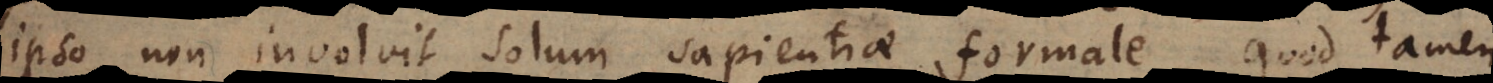
ipso non involvit solum sapientiae formale, quod tamen